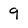
Character: 9